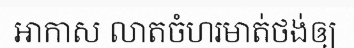
អាកាស លាតចំហរមាត់ថង់ឲ្យ